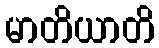
မာတိယာတိ